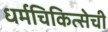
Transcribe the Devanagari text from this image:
धर्मचिकित्सेची